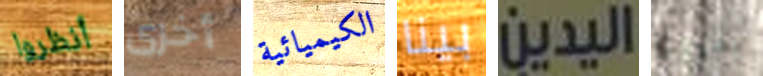
أنظروا أخرى الكيميائية بينا اليدين يقودنا